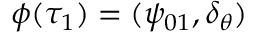
\phi ( \tau _ { 1 } ) = ( \psi _ { 0 1 } , \delta _ { \theta } )